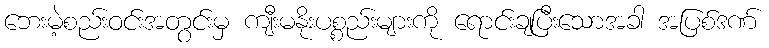
ဘေးမဲ့စည်းဝင်းအတွင်းမှ ကျီးမနိုးပစ္စည်းများကို ရောင်းချပြီးသောအခါ အပြစ်ဒဏ်